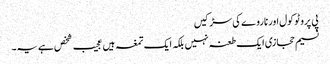
پی پروٹو کول اور ناروے کی سڑکیں
نسیم حجازی ایک طعنہ نہیں بلکہ ایک تمغہ ہیں	عجیب شخص ہے یہ۔